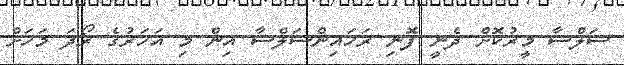
ސަލްސާ މީރުކޮށް ދެނީ ފޮނި ރަހައިންސަލްސާ އިން މި އަހަރުގެ ރޯދަ މަހަށް